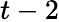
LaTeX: t-2